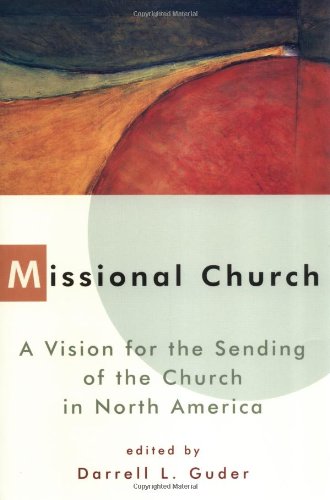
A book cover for Missional Church: A Vision for the Sending of the Church in North America (The Gospel and Our Culture Series); Christian Books & Bibles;